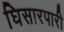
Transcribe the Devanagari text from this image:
घिसारपारी